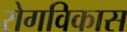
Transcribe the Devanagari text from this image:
रोगविकास